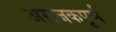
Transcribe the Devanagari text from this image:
अराजकपूर्ण